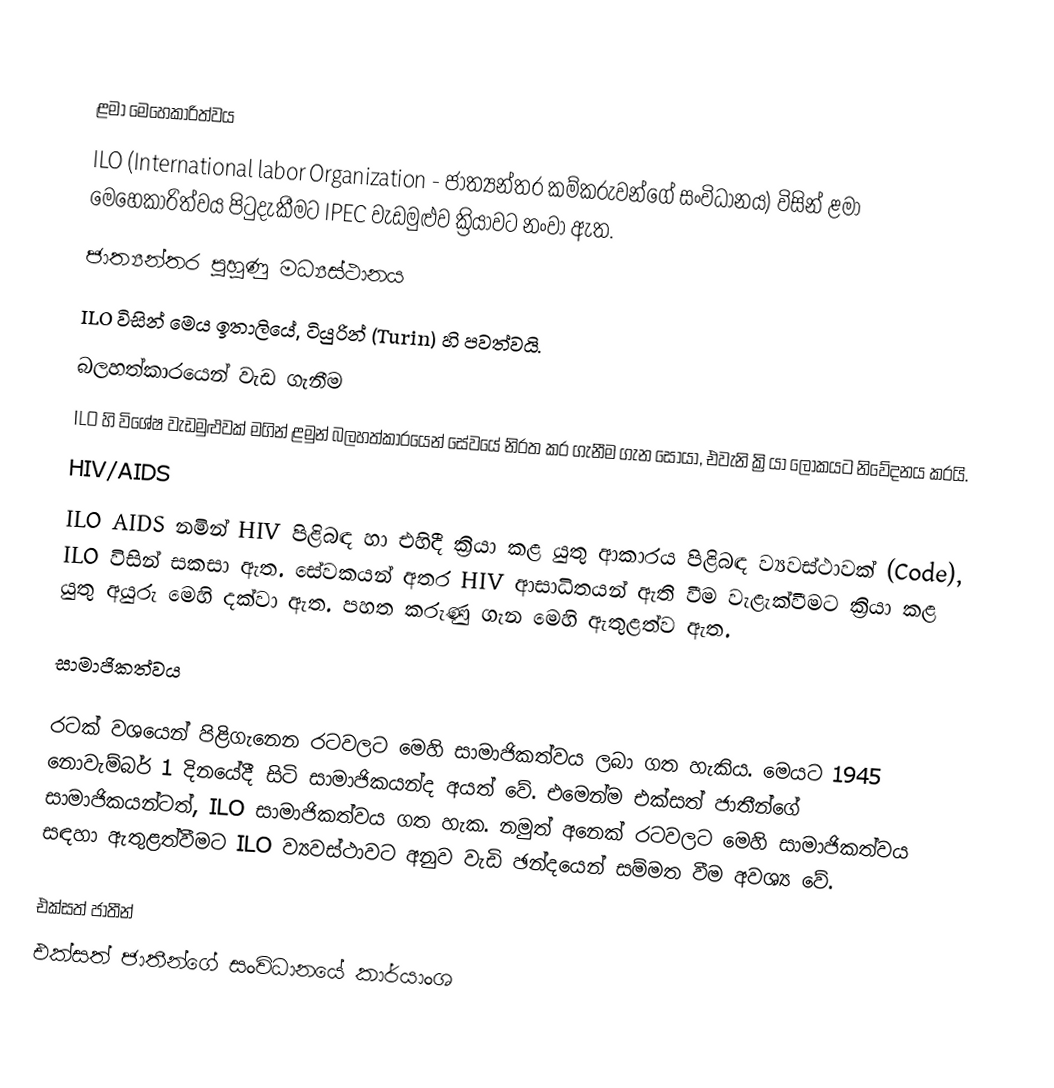

ළමා මෙහෙකාරිත්වය
ILO (International labor Organization - ජාත්‍යන්තර කම්කරුවන්ගේ සංවිධානය) විසින් ළමා මෙහෙකාරිත්වය පිටුදැකීමට IPEC වැඩමුළුව ක්‍රියාවට නංවා ඇත.
ජාත්‍යන්තර පුහුණු මධ්‍යස්ථානය
ILO විසින් මෙය ඉතාලියේ, ටියුරින් (Turin) හි පවත්වයි.
බලහත්කාරයෙන් වැඩ ගැනීම
ILO හි විශේෂ වැඩමුළුවක් මගින් ළමුන් බලහත්කාරයෙන් සේවයේ නිරත කර ගැනීම ගැන සොයා, එවැනි ක්‍රියා ලෝකයට නිවේදනය කරයි.
HIV/AIDS
ILO AIDS නමින් HIV පිළිබඳ හා එහිදී ක්‍රියා කළ යුතු ආකාරය පිළිබඳ ව්‍යවස්ථාවක් (Code), ILO විසින් සකසා ඇත. සේවකයන් අතර HIV ආසාධිතයන් ඇති වීම වැළැක්වීමට ක්‍රියා කළ යුතු අයුරු මෙහි දක්වා ඇත. පහත කරුණු ගැන මෙහි ඇතුළත්ව ඇත.

සාමාජිකත්වය

රටක් වශයෙන් පිළිගැනෙන රටවලට මෙහි සාමාජිකත්වය ලබා ගත හැකිය. මෙයට 1945 නොවැම්බර් 1 දිනයේදී සිටි සාමාජිකයන්ද අයත් වේ. එමෙන්ම එක්සත් ජාතීන්ගේ සාමාජිකයන්ටත්, ILO සාමාජිකත්වය ගත හැක. නමුත් අනෙක් රටවලට මෙහි සාමාජිකත්වය සඳහා ඇතුළත්වීමට ILO ව්‍යවස්ථාවට අනුව වැඩි ඡන්දයෙන් සම්මත වීම අවශ්‍ය වේ.

එක්සත් ජාතීන්
එක්සත් ජාතීන්ගේ සංවිධානයේ කාර්යාංශ